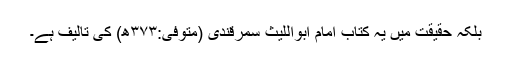
بلکہ حقیقت میں یہ کتاب امام ابواللیث سمرقندیؒ (متوفیٰ:۳۷۳ھ) کی تالیف ہے۔